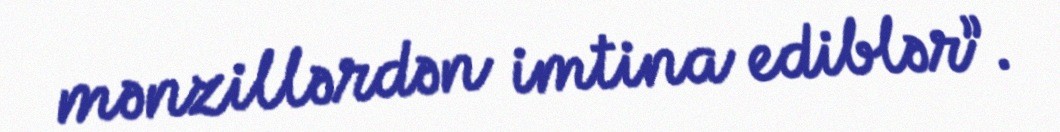
mənzillərdən imtina ediblər”.